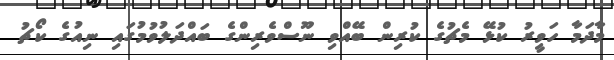
މާދަމާ ހަވީރު ކުޅޭ މެޗުގެ ކުރިން ބޭއްވި ނޫސްވެރިންގެ ބައްދަލުވުމުގައި ނިއުގެ ކޯޗު